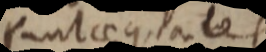
sunt aequales